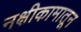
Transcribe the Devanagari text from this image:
नक्षीकामातून